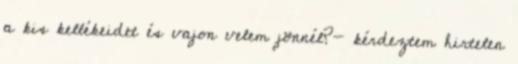
a kis kellékeidet és vajon velem jönnél?- kérdeztem hirtelen